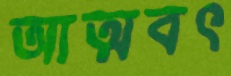
আত্মবৎ